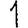
Digit: 1